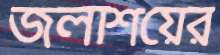
জলাশয়ের